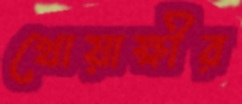
খোয়াক্ষীর